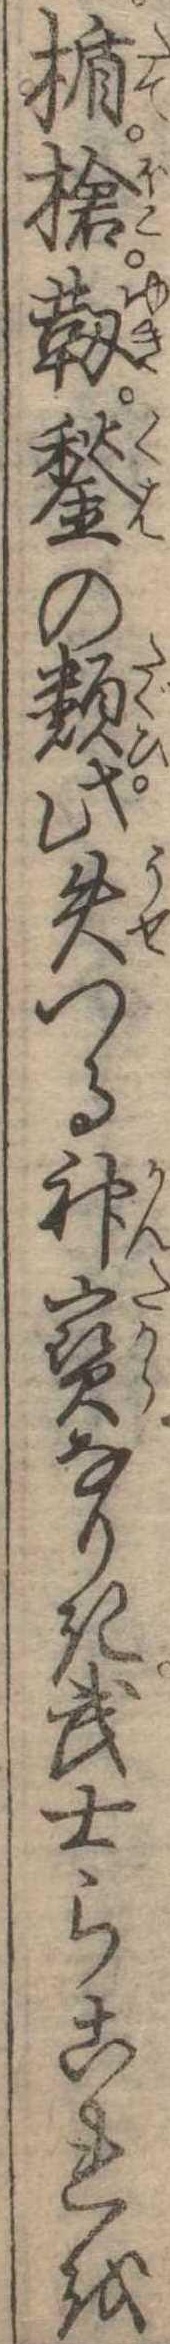
楯槍靭鍬の類此失つる神宝なりき武士らこれを